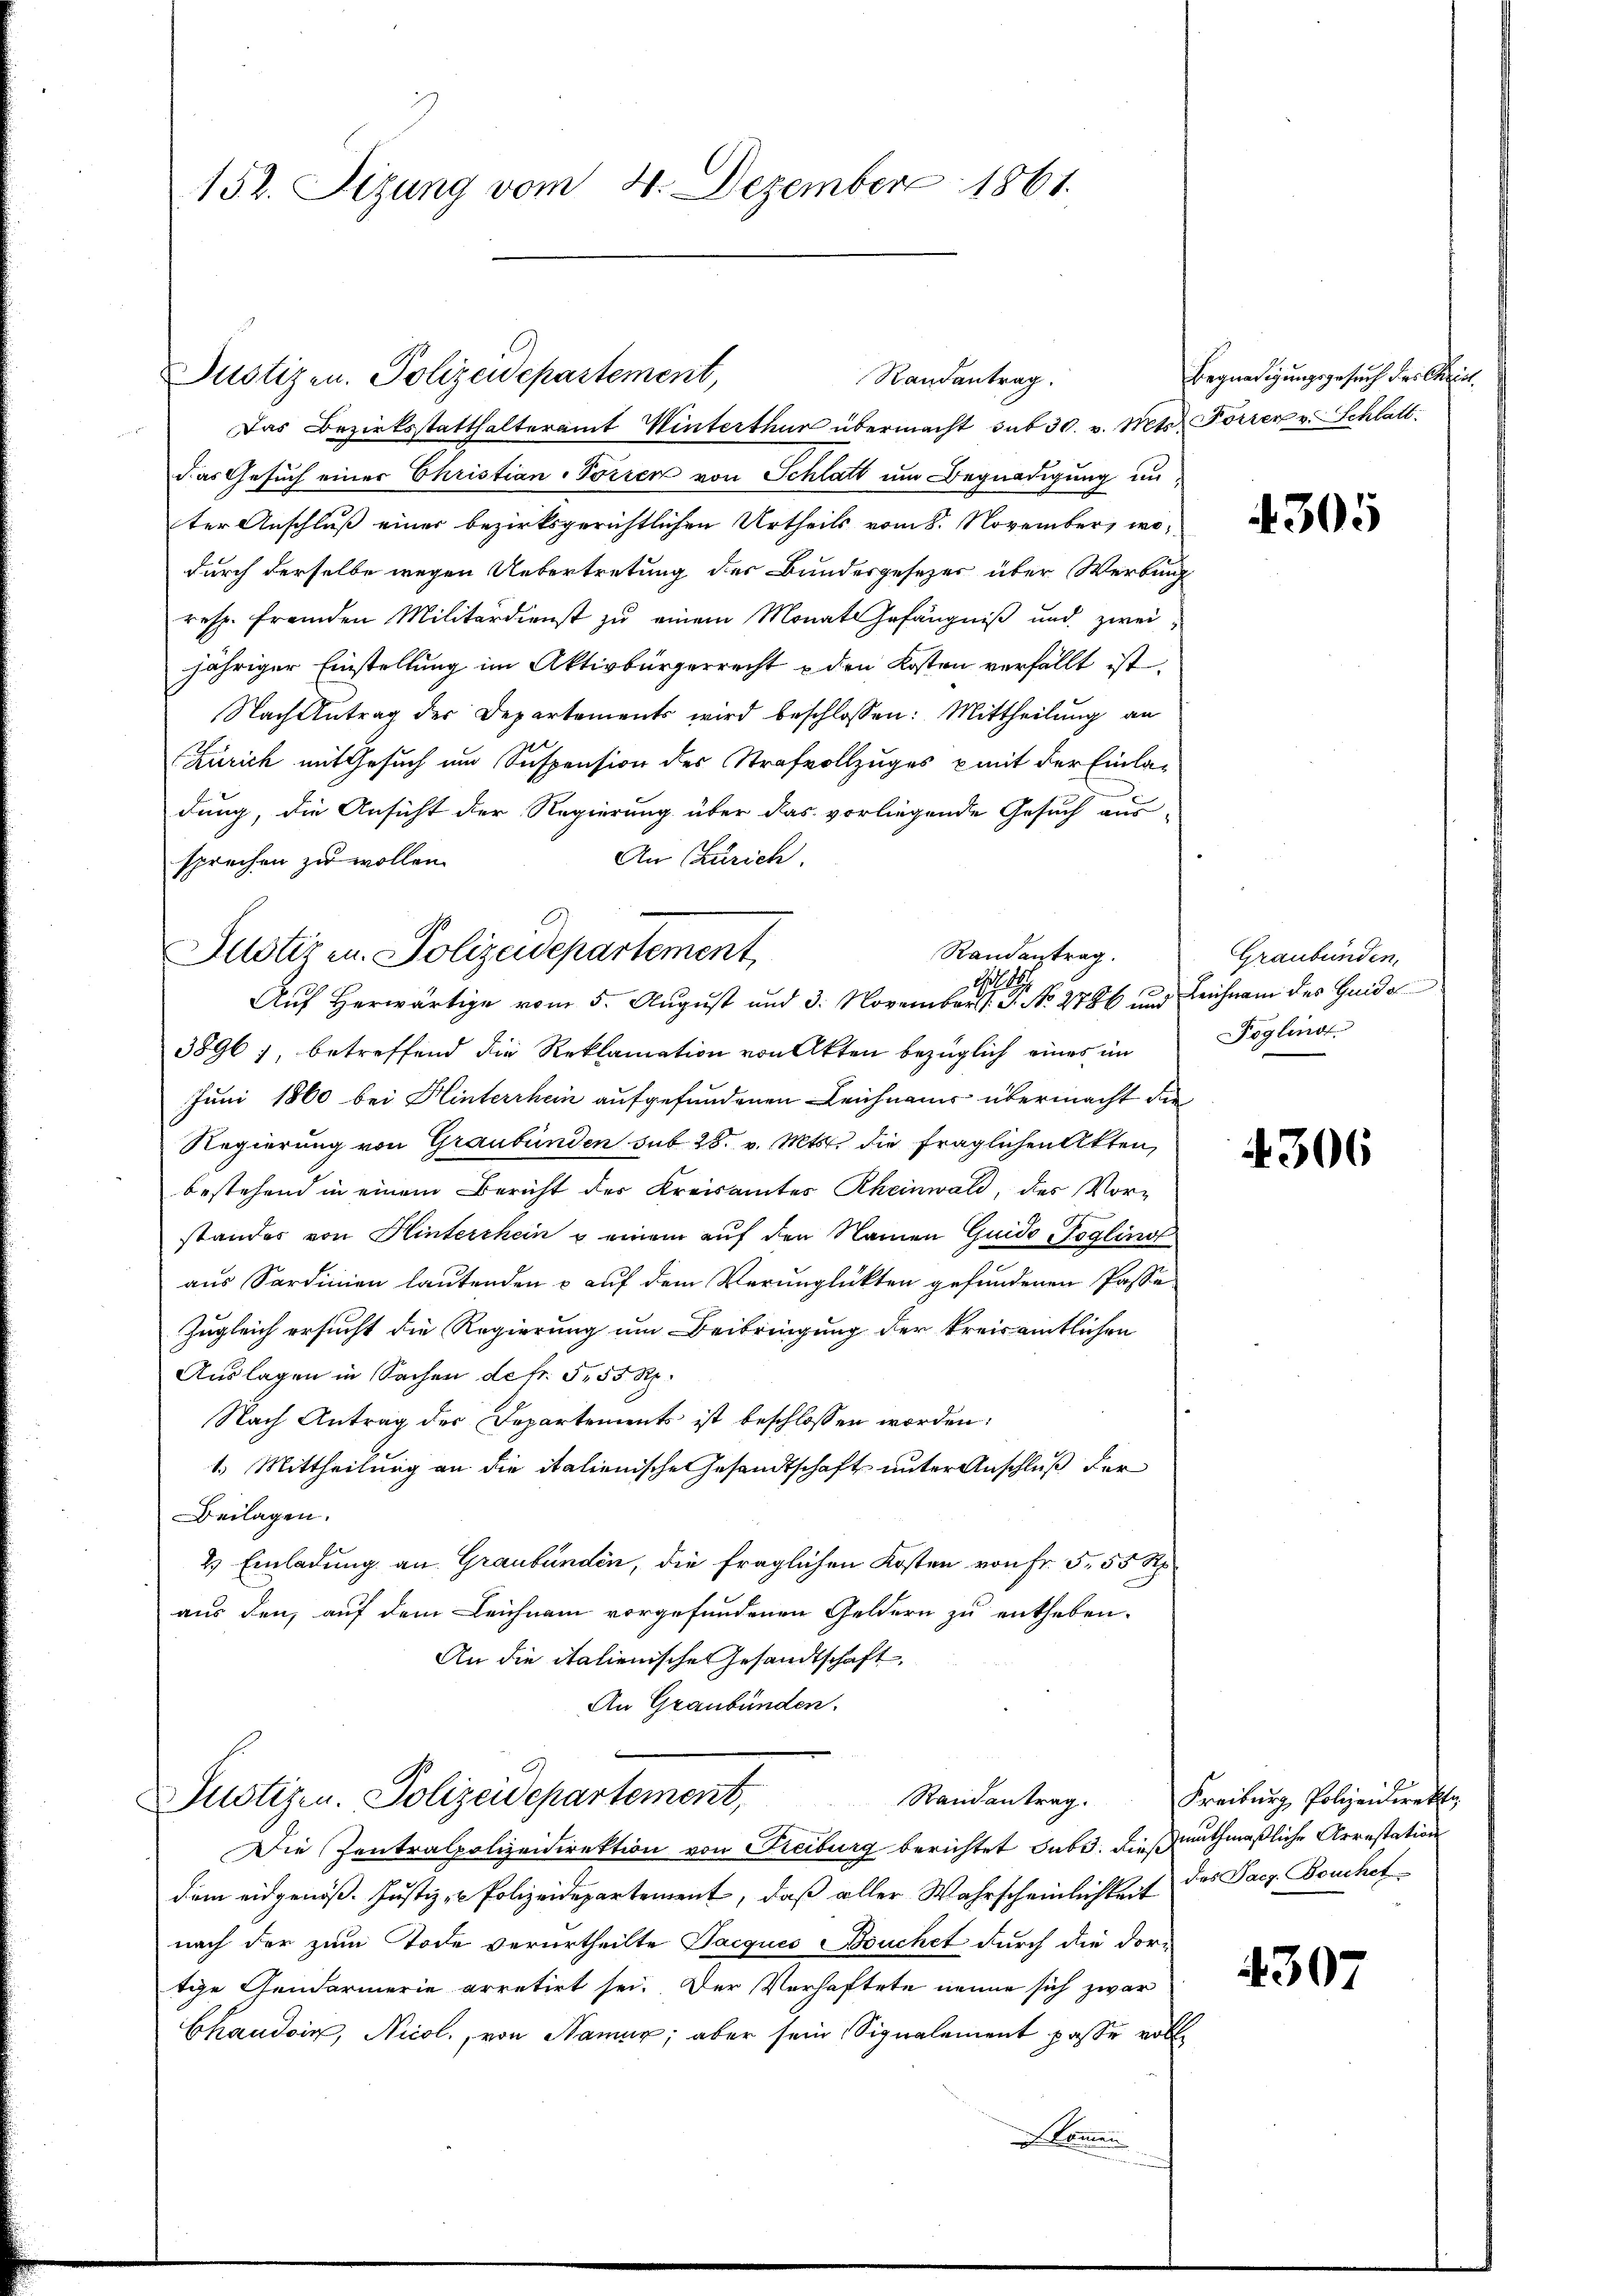
152. Sizung vom 4. Dezember 1861.

Justizen. Polizeidepartement,
Das Bezirksstatthalteramt Winterthur übermacht sub 30. v. Mts. Forrer v. Schlattdas Gesuch einer Christian-Torren von Schlatt um Begnadigung inter Anschluß einer bezirksgerichtlichen Urtheils vom 8. November, wodurch derselbe wegen Uebertretung des Bundesgesetzer über Werbung
resp. fremden Militärdienst zu einem Monats Gefängniß und zwei
jähriger Einstellung im Aktivbürgerrecht u den Kosten verfällt ist.
Nach Antrag der Departements wird beschlossen: Mittheilung an
Zürich mit Gesuch um Suspension des Strafvollzuges mit der Einladung, die Ansicht der Regierung über das vorliegende Gesuch aus-
An Zürich.
sprechen zu wollen.
Auf Herwärtige vom 5. August und 3. November. No. 2786 und Leichnam des Guido
3896), betreffend die Reklamation von Akten bezüglich eines im
Juni 1860 bei Hinterrhein aufgefundenen Leichnams übermacht die
Regierung von Graubünden sub 28. v. Mts. die fraglichen Akten,
bestehend in einem Bericht der Kreisamtes Rheinwald, des Vorn
stander von Hinterchein & einem auf den Namen Guido Soglind
aus Sardinien lautenden & auf dem Verunglükten gefundenen Pässe
Zugleich ersucht die Regierung um Beibringung der kreisamtlichen
Auslagen in Sachen de fr. 555 Rp.
Nach Antrag der Departements ist beschlossen worden:
1. Mittheilung an die italienische Gesandtschaft unter Anschluß der
Beilagen.
2 Einladung an Graubünden, die fraglichen Kosten von Fr. 5. 55 R
aus den, auf dem Leichnam vorgefundenen Geldern zu entheben.
An die italienische Gesandtschaft
An Graubünden.

Justizen. Polizeidepartement

Randantrag.

Randantrag.

Justizen. Polizeidepartement,
Randantrag.

Die Zentralpolizeidirektion von Freiburg berichtet habe. Dießmuthmaßliche Arrestation
dem eidgenöß. Justiz- u Polizeidepartement, daß aller Wahrscheinlichkeit des Sarg. Bouchetnach der zum Tode verurtheilte Tacquis Bruchet durch die dor-
tige Gendarmerie arretirt sei. Der Verhaftete nenne sich zwar
Chaudoin, Nicol., von Namux; aber sein Signalement passe voll
omen

Begnadigungsgesuch der Weint.

4305

Graubünden.
Foglind

4306

Kreiburg, Polizeidirekti

4307